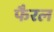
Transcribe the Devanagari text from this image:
फैरल